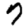
Digit: 7